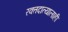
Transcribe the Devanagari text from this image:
रक्तदात्यालाही